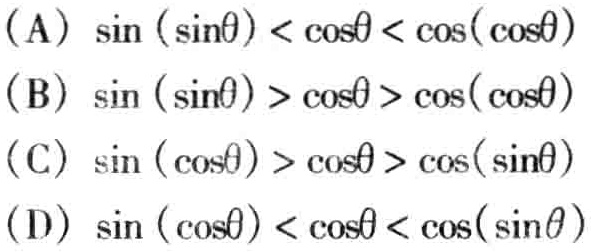
(A) \(\sin(\sin\theta)<\cos\theta<\cos(\cos\theta)\)
(B) \(\sin(\sin\theta)>\cos\theta>\cos(\cos\theta)\)
(C) \(\sin(\cos\theta)>\cos\theta>\cos(\sin\theta)\)
(D) \(\sin(\cos\theta)<\cos\theta<\cos(\sin\theta)\)